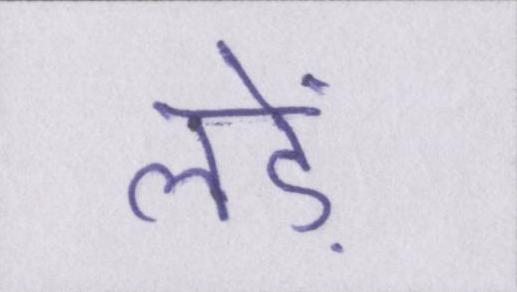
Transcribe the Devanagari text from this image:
लड़ें